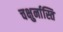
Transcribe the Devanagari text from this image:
चक्षुर्नास्ति